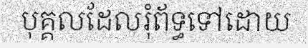
បុគ្គលដែលរុំព័ទ្ធទៅដោយ